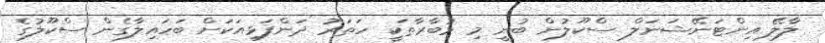
ލާލޭ އިންޓަނޭޝަނަލް ސްކޫލުން ބުނީ މި މުބާރާތަކީ ހަތަރު ދަންފަޅިއަކަށް ބަހައިލާގެން ސްކޫލުގެ